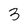
Character: 3